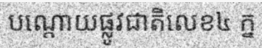
បណ្តោយផ្លូវជាតិលេខ៤ ក្ន